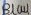
Text: Blau